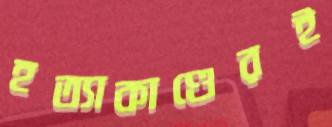
হত্যাকাণ্ডেরই